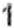
1